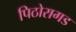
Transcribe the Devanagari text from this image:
पिठोरागड